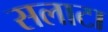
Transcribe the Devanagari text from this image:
सलाटा